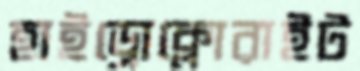
হাইড্রোক্লোরাইট